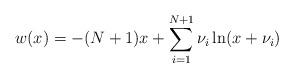
LaTeX: \begin{align*}w(x) = -(N+1)x + \sum_{i=1}^{N+1} \nu_{i}\ln (x + \nu_{i})\end{align*}